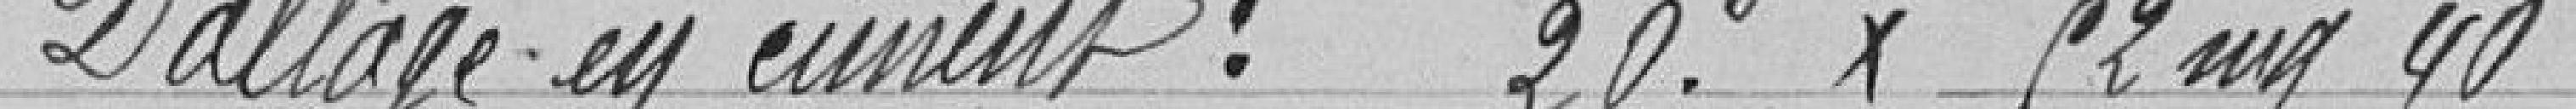
Dallage en ciment : 20 x 52 mq 40 :